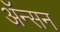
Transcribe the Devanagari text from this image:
ॲन्सन